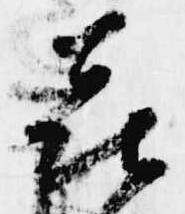
喜